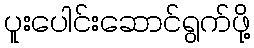
ပူးပေါင်းဆောင်ရွက်ဖို့